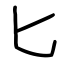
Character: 匕